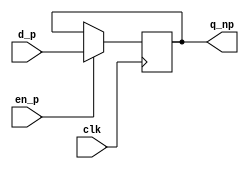
//
// Copyright 1991-2015 Mentor Graphics Corporation
//
// All Rights Reserved.
//
// THIS WORK CONTAINS TRADE SECRET AND PROPRIETARY INFORMATION WHICH IS THE
// PROPERTY OF MENTOR GRAPHICS CORPORATION OR ITS LICENSORS AND IS SUBJECT TO
// LICENSE TERMS.
//
// Simple SystemVerilog Queue Example - Muliplexers and Flip-Flops
//

module DFF #(parameter W = 16)
(
  input              clk,
  input      [W-1:0] d_p,
  input              en_p,
  output reg [W-1:0] q_np
);   

  always @(posedge clk)
    if (en_p) q_np <= d_p;
endmodule

module RDFF #(parameter W = 1, parameter RESET_VALUE = 0)
(
  input              clk,
  input              reset,
  input      [W-1:0] d,
  output reg [W-1:0] q
);   

  always @(posedge clk)
    if (reset)
      q <= RESET_VALUE;
    else
      q <= d;
endmodule

module Mux3 #(parameter W = 16)(d1, d2, d3, select, q);

input [W-1:0] d1;
input [W-1:0] d2;
input [W-1:0] d3;
input [1:0] select;
output [W-1:0] q;

reg [W-1:0] q;
wire [1:0] select;
wire [W-1:0] d1, d2, d3;

always @(select or d1 or d2 or d3)
begin
   if (select == 0)
      q = d1;
   if (select == 2'b01)
      q = d2;
   if (select == 2'b10)
      q = d3;
end
endmodule

module Mux2 #(parameter W = 16)(d1, d2, select, q);

input [W-1:0] d1, d2;
input select;
output [W-1:0] q;

reg [W-1:0] q;
wire select;
wire [W-1:0] d1, d2;

always @(select or d1 or d2)
begin
   case (select)
       0 : q = d1;
       1 : q = d2;
   endcase
end
endmodule